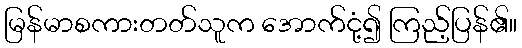
မြန်မာစကားတတ်သူက အောက်ငုံ့၍ ကြည့်ပြန်၏။